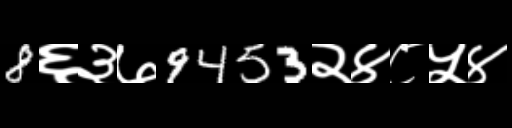
Text: 8६३७9453२४८५४